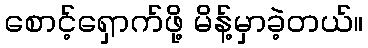
စောင့်ရှောက်ဖို့ မိန့်မှာခဲ့တယ်။